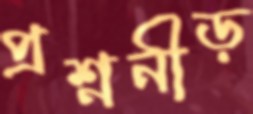
প্রশ্ননীড়